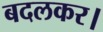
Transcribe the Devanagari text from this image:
बदलकर।